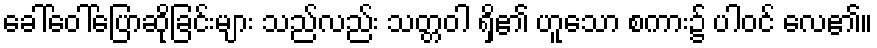
ခေါ်ဝေါ်ပြောဆိုခြင်းများ သည်လည်း သတ္တဝါ ရှိ၏ ဟူသော စကား၌ ပါဝင် လေ၏။